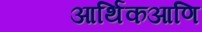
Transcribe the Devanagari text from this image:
आर्थिकआणि